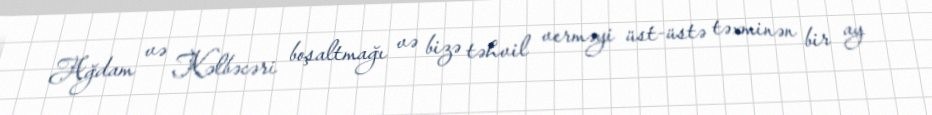
Ağdam və Kəlbəcəri boşaltmağı və bizə təhvil verməyi üst-üstə təxminən bir ay